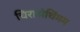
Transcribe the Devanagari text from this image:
चिरासेथिंमम